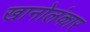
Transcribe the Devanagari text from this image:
खानोलंकार